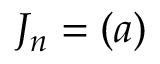
J _ { n } = ( a )